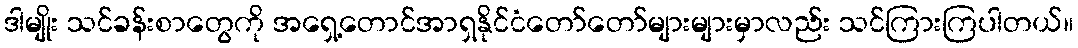
ဒါမျိုး သင်ခန်းစာတွေကို အရှေ့တောင်အာရှနိုင်ငံတော်တော်များများမှာလည်း သင်ကြားကြပါတယ်။